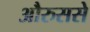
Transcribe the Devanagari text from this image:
औरुससे